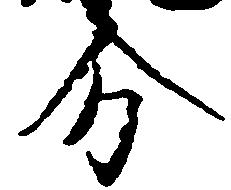
分